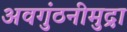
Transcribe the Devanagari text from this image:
अवगुंठनीमुद्रा